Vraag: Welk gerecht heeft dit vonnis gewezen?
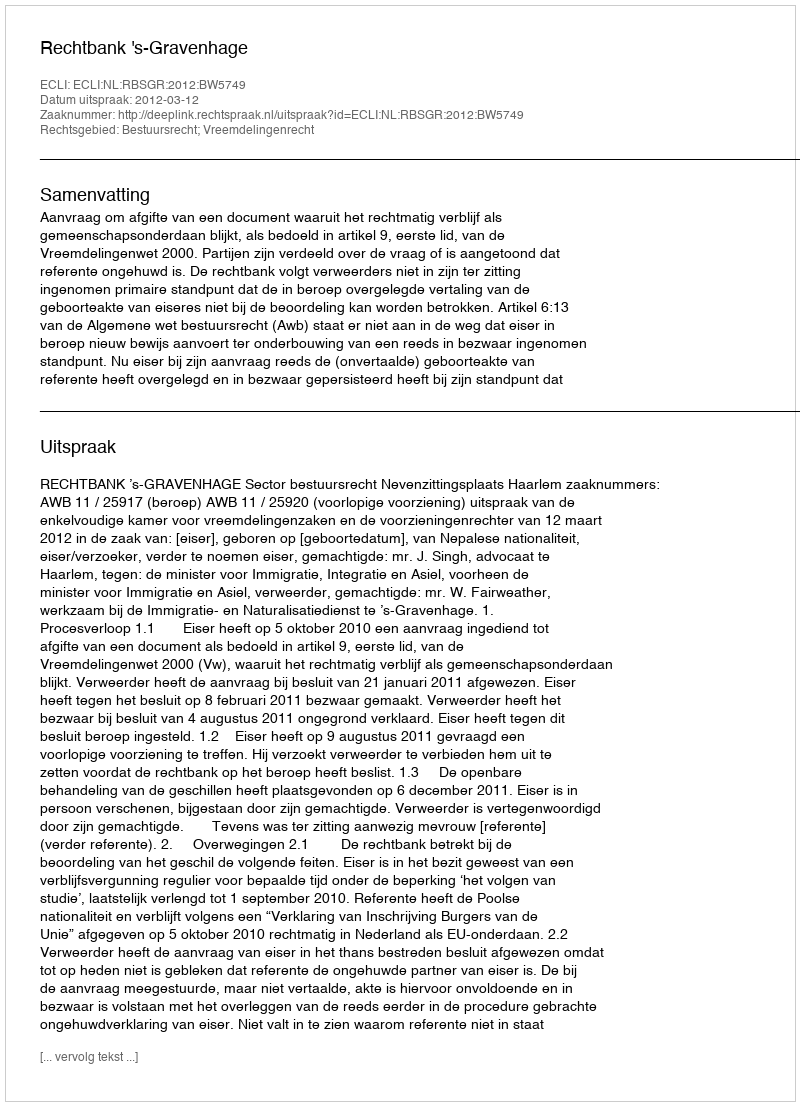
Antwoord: Rechtbank 's-Gravenhage